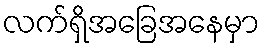
လက်ရှိအခြေအနေမှာ